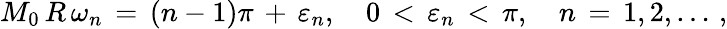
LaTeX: M_{0}\, R\, \omega_{n}\, =\, (n-1)\pi\, +\, \varepsilon_{n},\quad 0\, <\, \varepsilon_{n}\, <\, \pi,\quad n\, =\, 1,2,\dots\, {,}